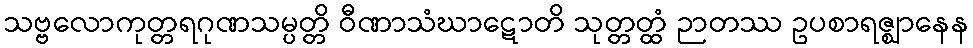
သဗ္ဗလောကုတ္တရဂုဏသမ္ပတ္တိ ဝီဏာသံဃာဋောတိ သုတ္တတ္ထံ ဉာတဿ ဥပစာရဇ္ဈာနေန